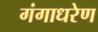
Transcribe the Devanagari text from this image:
गंगाधरेण